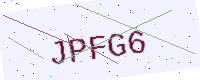
Text: JPFG6